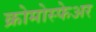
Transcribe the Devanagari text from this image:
क्रोमोस्फेअर